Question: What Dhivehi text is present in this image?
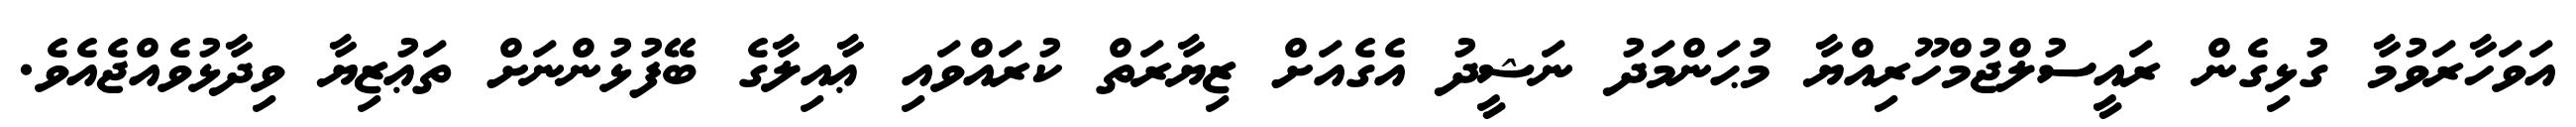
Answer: އަވަހާރަވުމާ ގުޅިގެން ރައީސުލްޖުމްހޫރިއްޔާ މުޙަންމަދު ނަޝީދު އެގެއަށް ޒިޔާރަތް ކުރައްވައި ޢާއިލާގެ ބޭފުޅުންނަށް ތަޢުޒިޔާ ވިދާޅުވެއްޖެއެވެ.